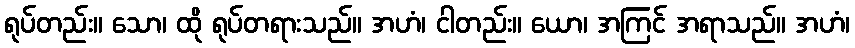
ရုပ်တည်း။ သော၊ ထို ရုပ်တရားသည်။ အဟံ၊ ငါတည်း။ ယော၊ အကြင် အရာသည်။ အဟံ၊